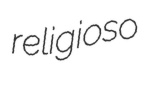
religioso